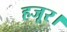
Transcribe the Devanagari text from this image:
हजूर।